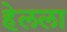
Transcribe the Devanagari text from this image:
हेलला